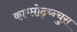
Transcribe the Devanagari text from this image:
काम्प्तोढ़य्न्चुस